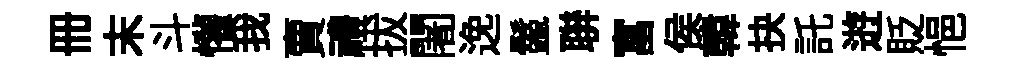
册末斗懽我賣禮拔闍𨓜鬣聨富侯韓抉託逰貶悒